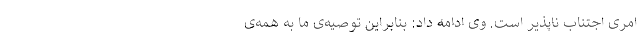
امری اجتناب ناپذیر است. وی ادامه داد: بنابراین توصیه‌ی ما به همه‌ی